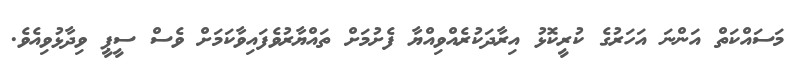
މަސައްކަތް އަންނަ އަހަރުގެ ކުރީކޮޅު އިރާދަކުރެއްވިއްޔާ ފެށުމަށް ތައްޔާރުވެފައިވާކަމަށް ވެސް ސީޕީ ވިދާޅުވިއެވެ.